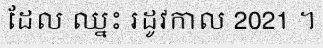
ដែល ឈ្នះ រដូវកាល 2021 ។